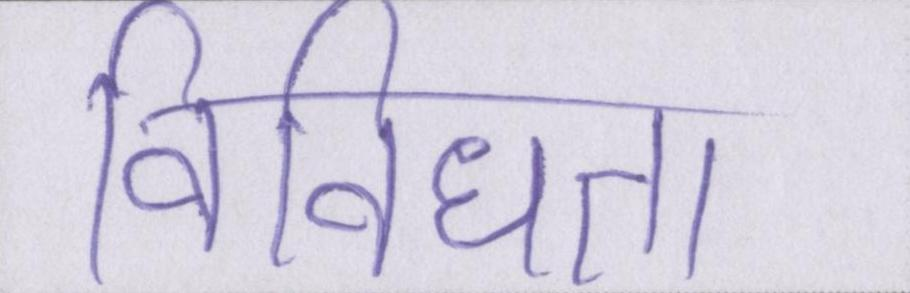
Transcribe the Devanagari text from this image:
विविधता